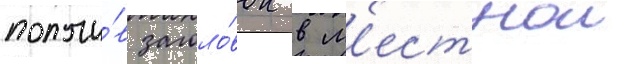
получи́в заголо́вок в м'естнои